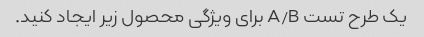
یک طرح تست A/B برای ویژگی محصول زیر ایجاد کنید.